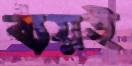
ব্যয়ই